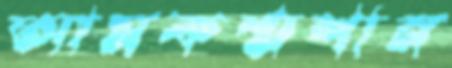
আমকশ্মশান